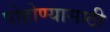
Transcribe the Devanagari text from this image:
पोहोण्यासाठी